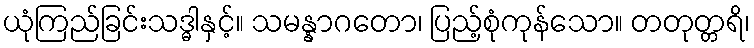
ယုံကြည်ခြင်းသဒ္ဓါနှင့်။ သမန္နာဂတော၊ ပြည့်စုံကုန်သော။ တတုတ္တရိ၊